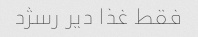
فقط غذا دیر رسژد